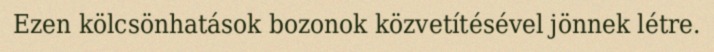
Ezen kölcsönhatások bozonok közvetítésével jönnek létre.